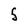
Character: S